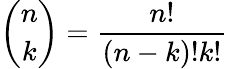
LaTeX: {\binom{n}{k}}=\frac{n!}{(n-k)!k!}